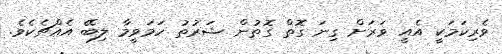
ވެރިކަމަކީ އެއީ ވަރަށް ގިނަ ގޮތް ގޮތުން ޝަރުތު ހަމަވީމާ ލިބޭ އެއްޗެކެވެ.